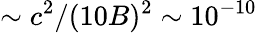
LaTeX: \sim c^{2}/(10B)^{2}\sim 10^{-10}